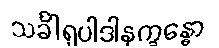
သင်္ခါရုပါဒါနက္ခန္ဓော